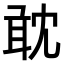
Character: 𠖙